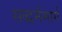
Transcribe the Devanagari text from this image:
सद्धर्ममार्ग